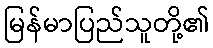
မြန်မာပြည်သူတို့၏